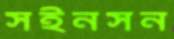
সইনসন